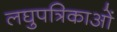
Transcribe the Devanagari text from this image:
लघुपत्रिकाओं